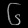
Digit: ၆